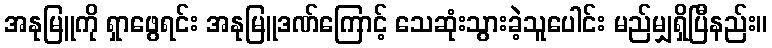
အနုမြူကို ရှာဖွေရင်း အနုမြူဒဏ်ကြောင့် သေဆုံးသွားခဲ့သူပေါင်း မည်မျှရှိပြီနည်း။